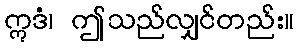
ဣဒံ၊ ဤသည်လျှင်တည်း။